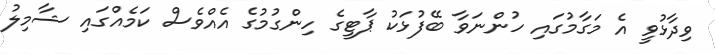
ވިދާޅުވީ އެ މަގާމުގައި ހުންނަވާ ބޭފުޅަކު ޕާޓީގެ ހިންގުމުގެ އެއްވެސް ކަމެއްގައި ޝާމިލު